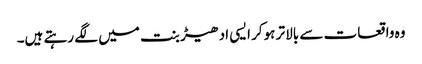
وہ واقعات سے بالا تر ہوکر ایسی ادھیڑ بنت میں لگے رہتے ہیں۔